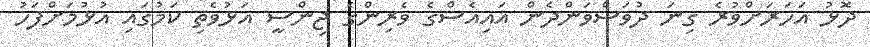
ދޮޅު އަހަރަށްވުރެ ގިނަ ދުވަސްވަންދެން އައިއެސްގެ ވެރިންގެ ޖިންސީ އަޅުވެތި ކަމުގައި އުޅުމަށްފަހު